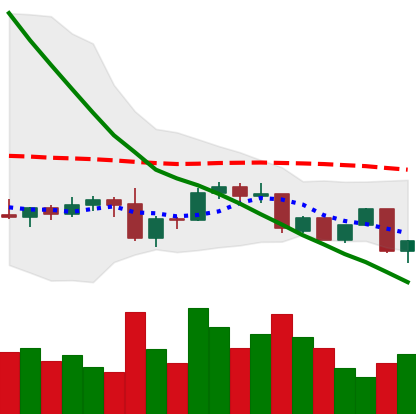
Ticker: DOGE-USD
Chart end date: 2022-09-19
Forward return: 7.886%
Label: up_7plus